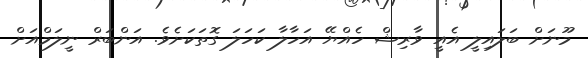
މޫނަށް ބަލައިލީ އެއީ ވާރިޝް ހެއްޔޭ އަހާލާ ކަހަލަ ގޮތަކަށެވެ. އަންބަރް ނީލަމްއަށް